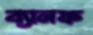
ব্যানফ